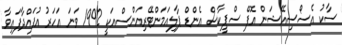
ސާކު އެސޯސިއޭޝަން އޮފް ސްޕީކާސް އެންޑް ޕާލިއަމަންޓޭރިއަންސްއަކީ 1992 ވަނަ އަހަރު އުފައްދާފައިވާ